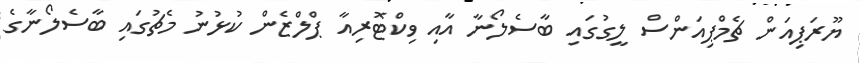
ޔޫރަޕިއަން ޗެމްޕިއަންސް ލީގުގައި ބާސެލޯނާ އާއި ވިކްޓޮރިއާ ޕްލްޒެން ކުޅުނު މެޗުގައި ބާސެލޯނާގެ